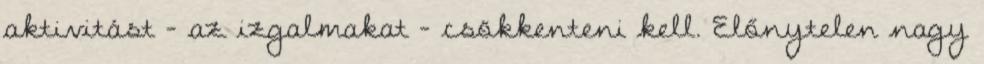
aktivitást - az izgalmakat - csökkenteni kell. Előnytelen nagy